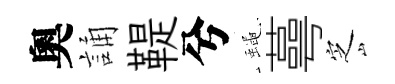
奧誦鞮兮蠅蕚㝎